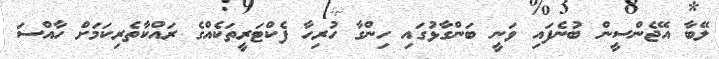
ލޭބާ އޭޖެންސީން ބުނެފައި ވަނީ ބަންގާޅުގައި ހިންގާ ހުރިހާ ފެކްޓަރީތަކެއްގެ ރައްކާތެރިކަމަށް ހާއްސަ